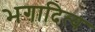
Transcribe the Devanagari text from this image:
भगादित्य